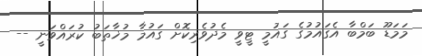
މަމަޑޫ ބަމްބާ އެގައުމުގެ ގައުމީ ޓީވީ މެދުވެރިކޮށް ގައުމާ މުޚާތަބު ކުރައްވަނީ --